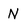
Character: N